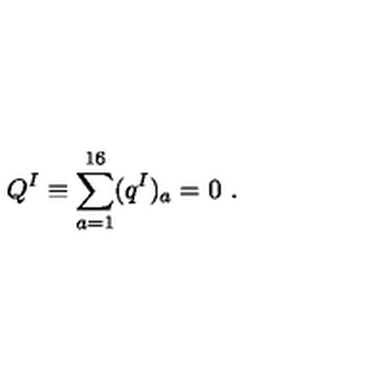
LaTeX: Q ^ { I } \equiv \sum _ { a = 1 } ^ { 1 6 } ( q ^ { I } ) _ { a } = 0 \ .